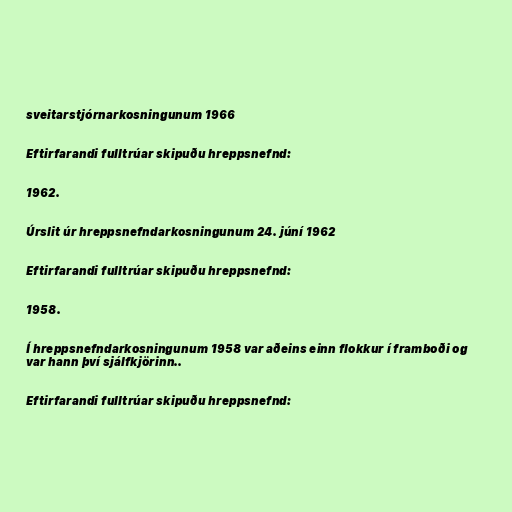
sveitarstjórnarkosningunum 1966

Eftirfarandi fulltrúar skipuðu hreppsnefnd:

1962.

Úrslit úr hreppsnefndarkosningunum 24. júní 1962

Eftirfarandi fulltrúar skipuðu hreppsnefnd:

1958.

Í hreppsnefndarkosningunum 1958 var aðeins einn flokkur í framboði og
var hann því sjálfkjörinn..

Eftirfarandi fulltrúar skipuðu hreppsnefnd: